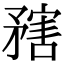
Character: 𥎆